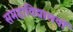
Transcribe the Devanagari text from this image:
समहाविद्यालयों